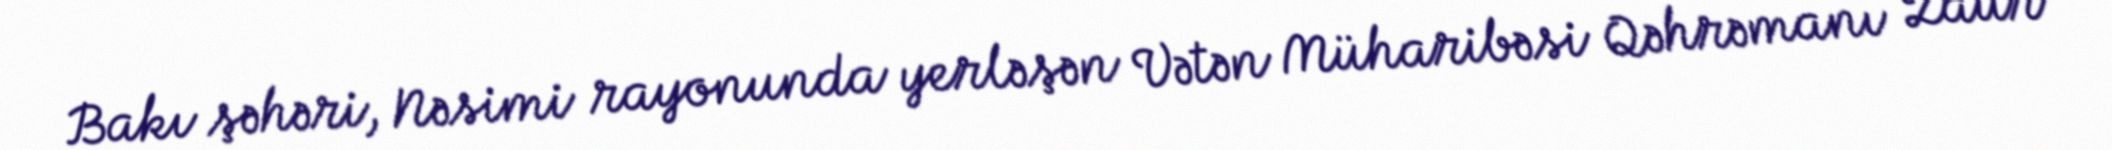
Bakı şəhəri, Nəsimi rayonunda yerləşən Vətən Müharibəsi Qəhrəmanı Zaur